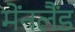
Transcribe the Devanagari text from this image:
मेंनलैंड